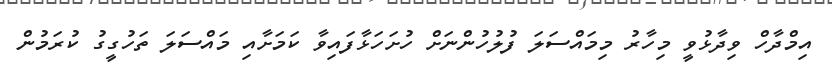
އިމްދާހް ވިދާޅުވީ މިހާރު މިމައްސަލަ ފުލުހުންނަށް ހުށަހަޅާފައިވާ ކަމަށާއި މައްސަލަ ތަހުގީގު ކުރަމުން